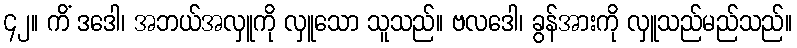
၄၂။ ကိံ ဒဒေါ၊ အဘယ်အလှူကို လှူသော သူသည်။ ဗလဒေါ၊ ခွန်အားကို လှူသည်မည်သည်။